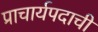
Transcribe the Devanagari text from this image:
प्राचार्यपदाची